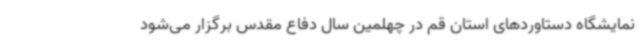
نمایشگاه دستاوردهای استان قم در چهلمین سال دفاع مقدس برگزار می‌شود